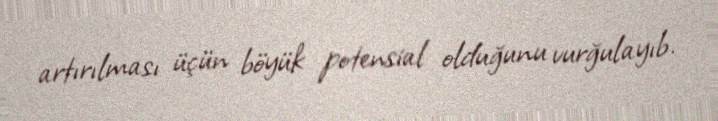
artırılması üçün böyük potensial olduğunu vurğulayıb.